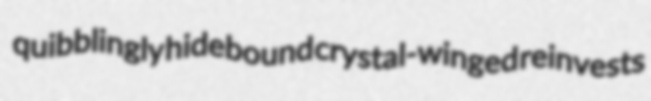
quibblingly hidebound crystal-winged reinvests